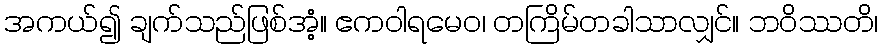
အကယ်၍ ချက်သည်ဖြစ်အံ့။ ဧကဝါရမေဝ၊ တကြိမ်တခါသာလျှင်။ ဘဝိဿတိ၊